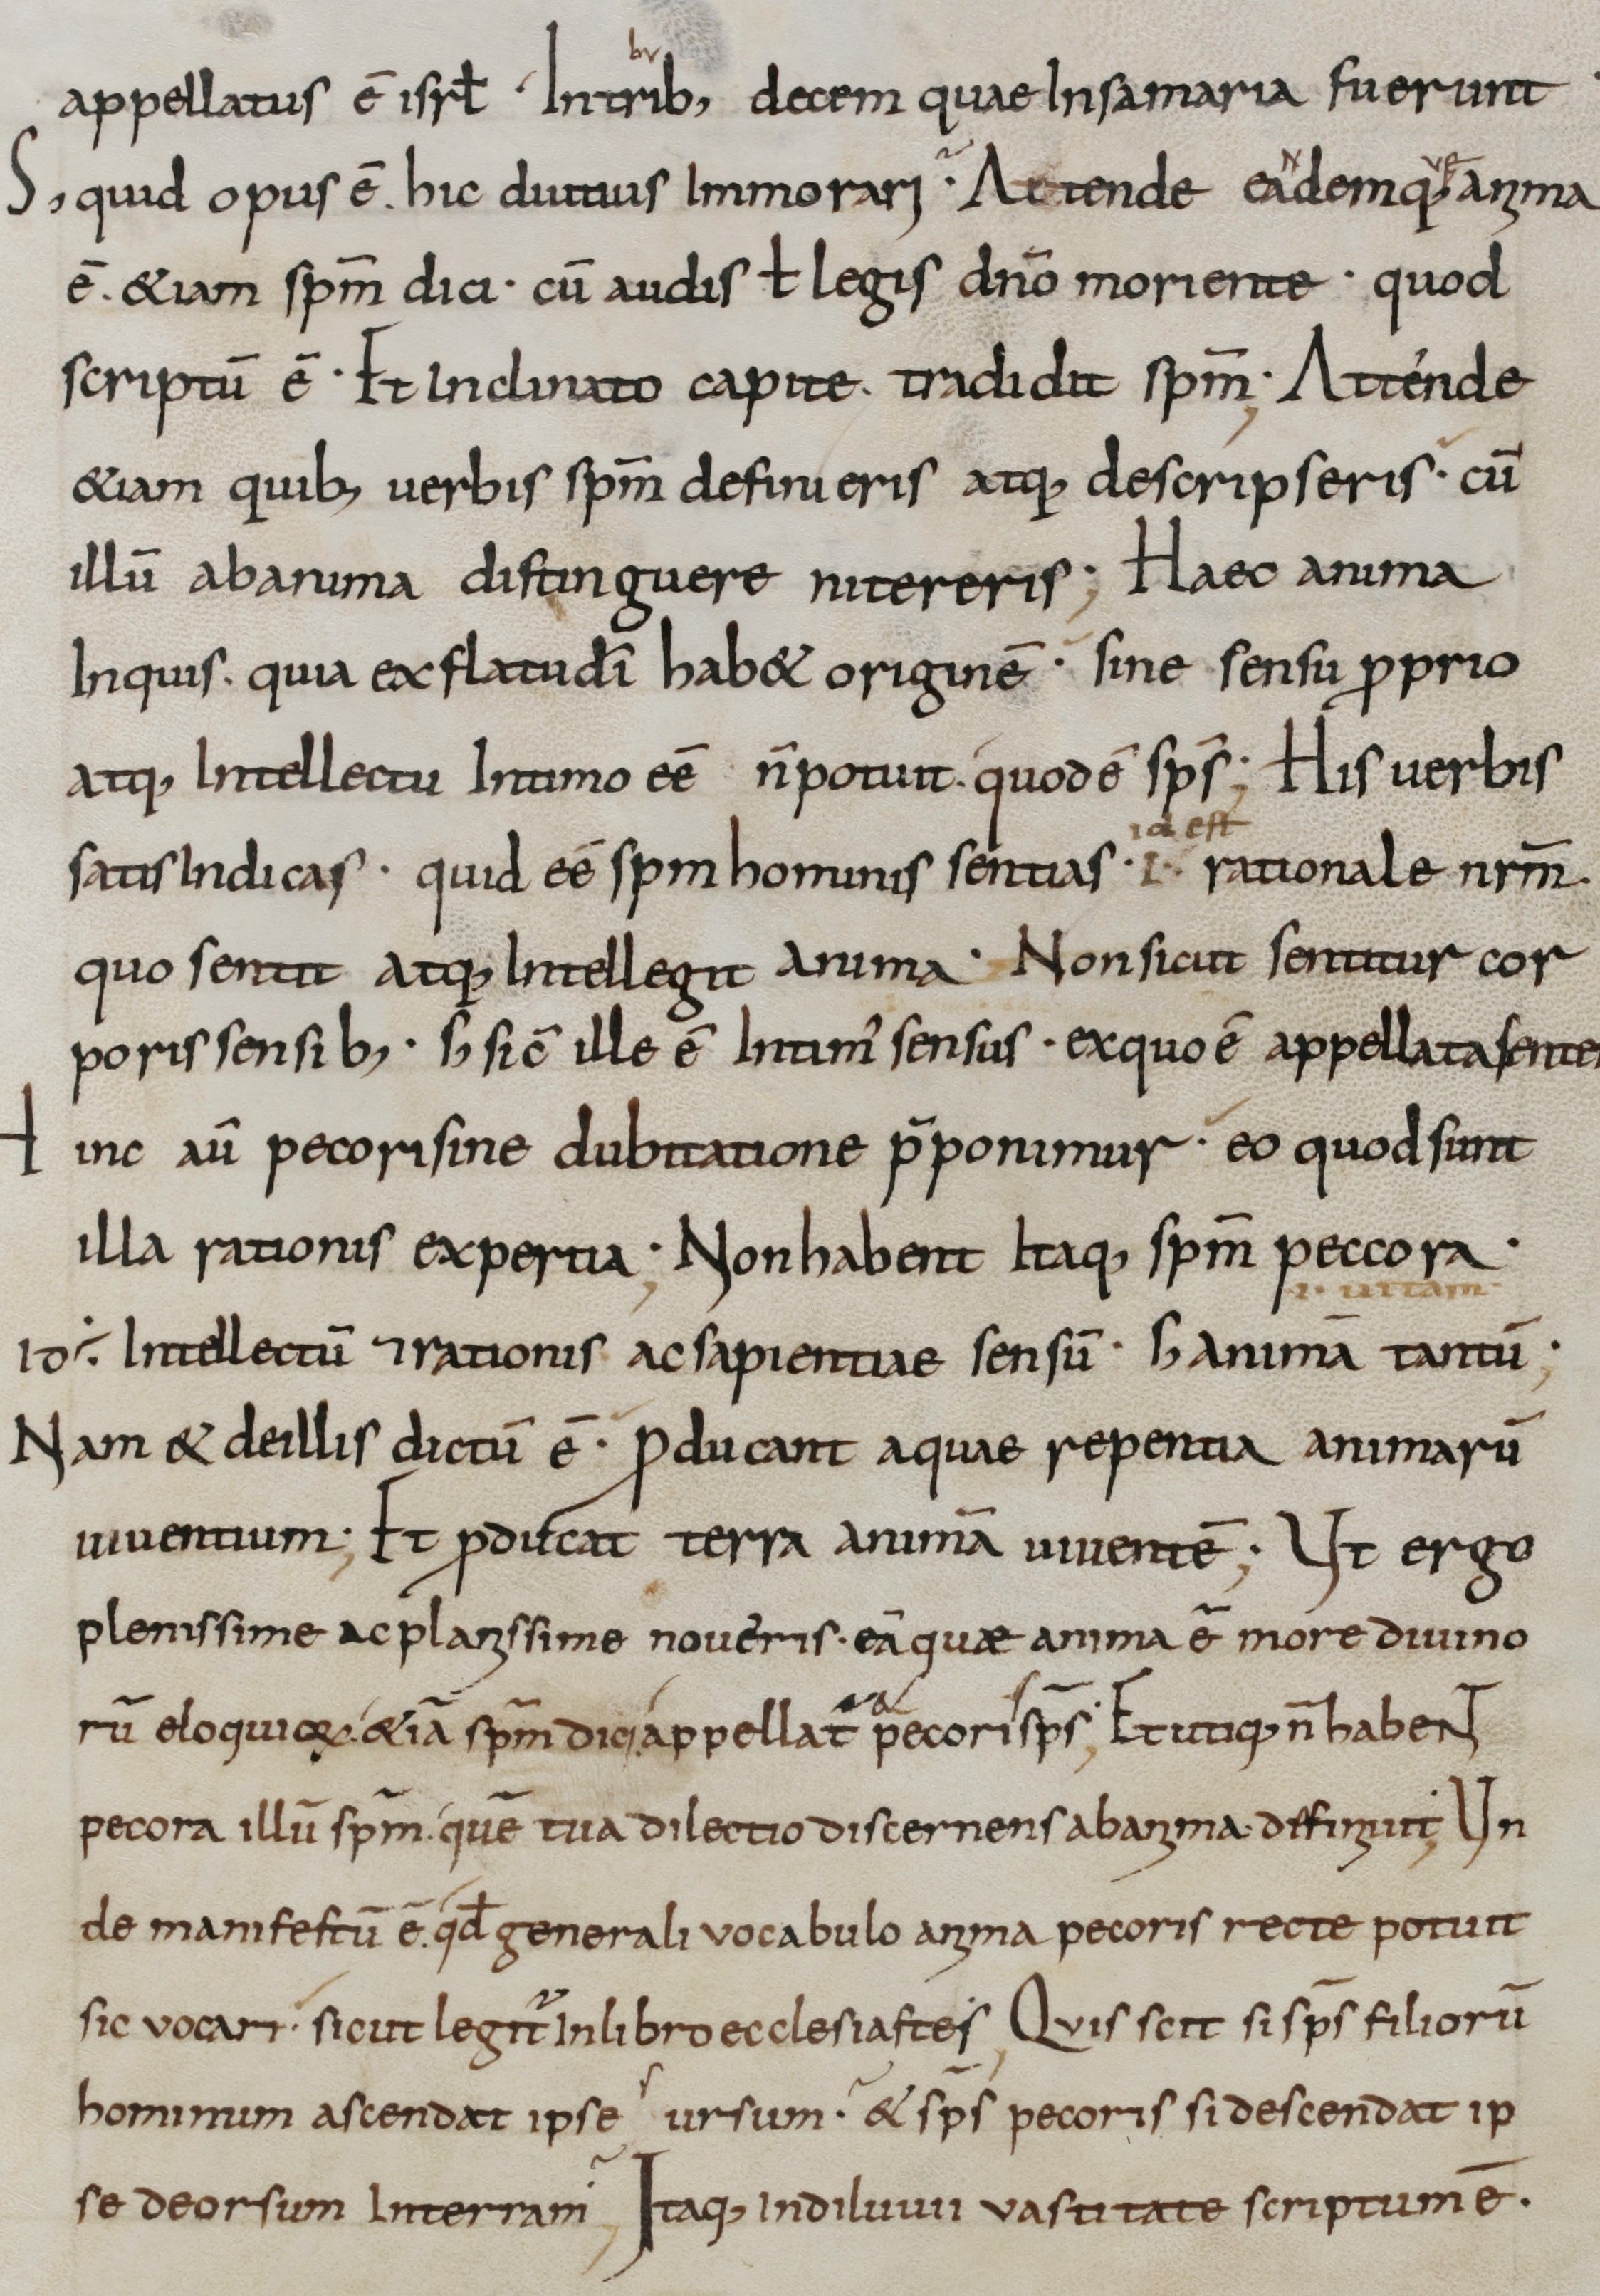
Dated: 800–899